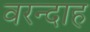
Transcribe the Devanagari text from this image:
वरन्दाह